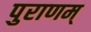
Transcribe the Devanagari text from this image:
पुराणम्‌